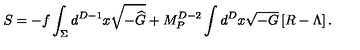
S = - f \int _ { \Sigma } d ^ { D - 1 } x \sqrt { - { \widehat G } } + M _ { P } ^ { D - 2 } \int d ^ { D } x \sqrt { - G } \left[ R - \Lambda \right] .